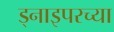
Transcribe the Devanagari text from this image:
ड्नाइपरच्या